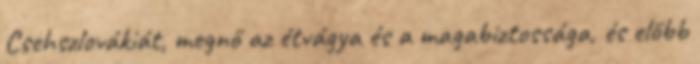
Csehszlovákiát, megnő az étvágya és a magabiztossága, és előbb